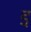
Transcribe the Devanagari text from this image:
इ